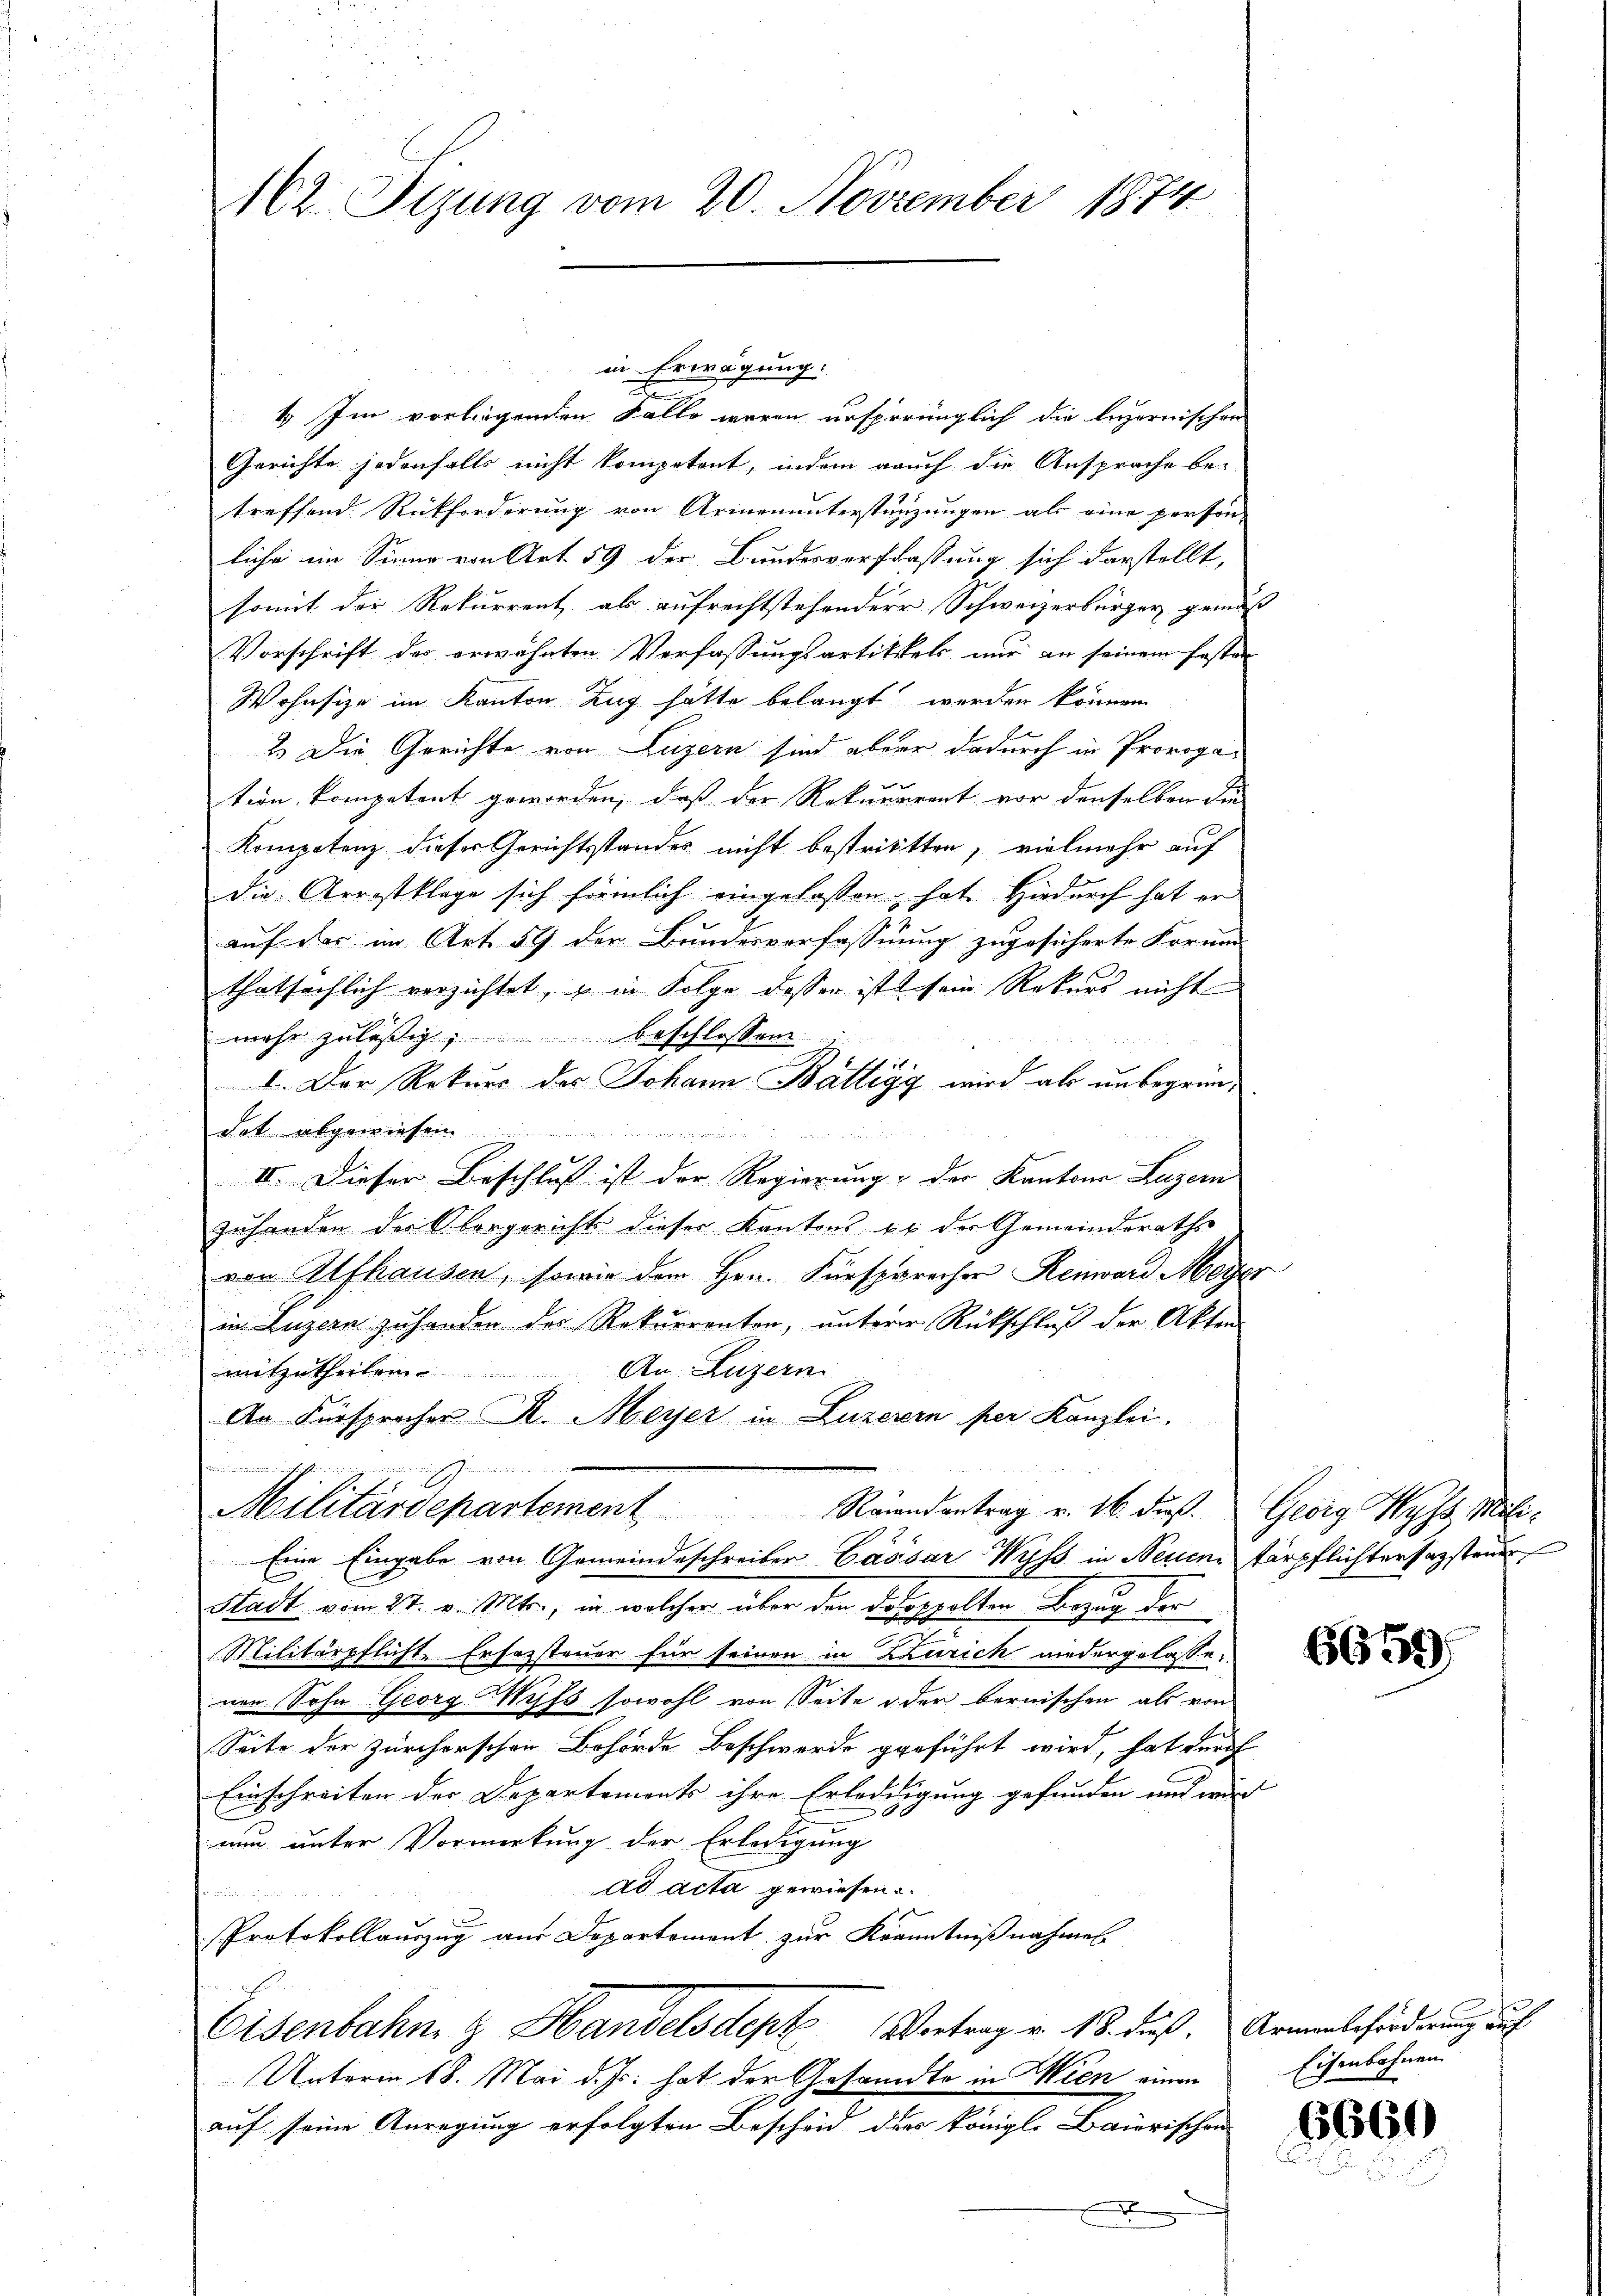
162. Sizung vom 20. November 1874

in Erwägung:
.
1. Im vorliegenden Falle waren ursprünglich die luzernischen
Gerichte jedenfalls nicht kompetent, indem auch die Ansprache be-
treffend Rückforderung von Armenunterstünzungen als eine person-
liche im Sinne von Art. 59 der Bundesverflassung sich darstellt,
somit der Rekurrent als aufrechtstehendere Schweizerbürger gemäß
Vorschrift des erwähnten Verfassungsartikels nur an seinem fasten
Wohnsize im Kanton Zug hätte belangt werden können
2.) Die Gerichte von Luzern sind aber dadurch in Provogation kompetent geworden, daß der Rekurrent vor denselben die
Kompetenz dieser Gerichtsstandes nicht bestrittten, vielmehr auf
die Arrestklage sich förmlich eingelassen hat. Hiedurch hat er
auf der im Art. 59 der Bundesverfassung zugesicherte Formen
thatsächlich verzichtet, u in Folge dessen ist sein Rekurs nicht
mehr zuläßig, beschlossen:
I. Der Rekurs des Johann Bättigg wird als unbegründet abgewiesen.

II. Dieser Beschluß ist der Regierung & der Kantons Luzern
zuhanden der Vorgericht dieser Kantons er der Gemeinderaths
von Alfhausen, sowie dem Hrn. Fürsprecher Renward Meyer
in Luzern zuhanden des Rekurrenten, unterer Rütschluß der Akten
mitzutheilen. An Luzern
An Fürsprocher R. Meyer in Luzerern per Kanzlei,
communicirung
Militärdepartement Raiandantrag v. 16. dieß. Georg Wyss. Mili¬
Eine Eingabe von Gemeindeschreiber Cassar Wyss in Neuen tärpflichtersazstander
Stadt vom 27. v. Mts., in welcher über den Doroppolten Bezug der
Militärpflicht. Ersezsteuer für seinen in Zürich niedergelassenen Sohn Georg Wyss sowohl von Seite u. der bernischen als von
Seite der zürcherschen Behörde Beschwerde geführt wird, hat durch
Einschreiten der Departements ihre Erleddigung gefunden und wird |
nur unter Vorwirkung der Erledigung
ad acta gewiesen.

Protokollauszug aus Departement zur Kenntnißnahmen.
Eisenbahn & Handelsdept Vortrag v. 18. daß. Armenbehörderung auf
Unterm 18. Mai d. Js. hat der Gesandte in Wien einen
auf seine Anregung erfolgten Bescheid des königl. Baiorischen
x

6659

Eisenbahnen

6660